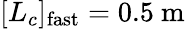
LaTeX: [L_{c}]_{\mathrm{fast}}=0.5\ \mathrm{m}